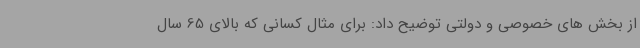
از بخش های خصوصی و دولتی توضیح داد: برای مثال کسانی که بالای 65 سال